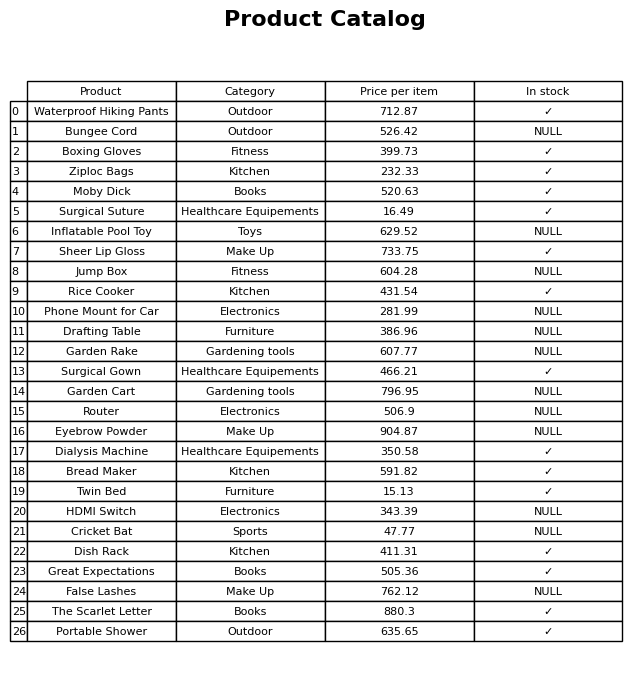
question: What is the price for Bungee Cord?
answer: The price of Bungee Cord is 526.42.